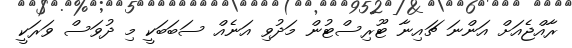
ރާއްޖެއަށް އަންނަ ޗައިނާ ޓޫރިސްޓުން މަދުވި އަނެއް ސަބަބަކީ މި ދުވަސް ވަރަކީ